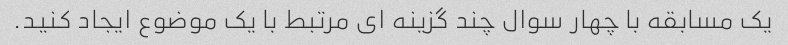
یک مسابقه با چهار سوال چند گزینه ای مرتبط با یک موضوع ایجاد کنید.